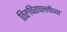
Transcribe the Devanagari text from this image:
तिरुचिरापल्लीच्या